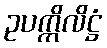
ဥပက္ကိလိဋ္ဌံ